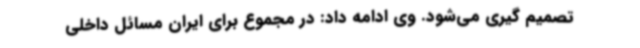
تصمیم گیری می‌شود. وی ادامه داد: در مجموع برای ایران مسائل داخلی